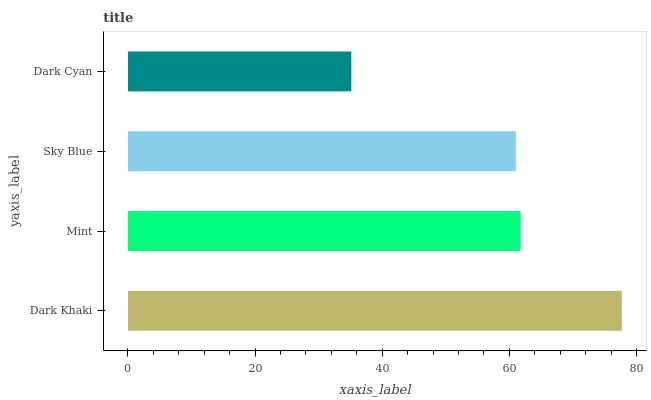
| yaxis_label | bars |
 | --- | --- |
 | Dark Khaki | 77.7 |
 | Mint | 61.8 |
 | Sky Blue | 61 |
 | Dark Cyan | 35.1 |